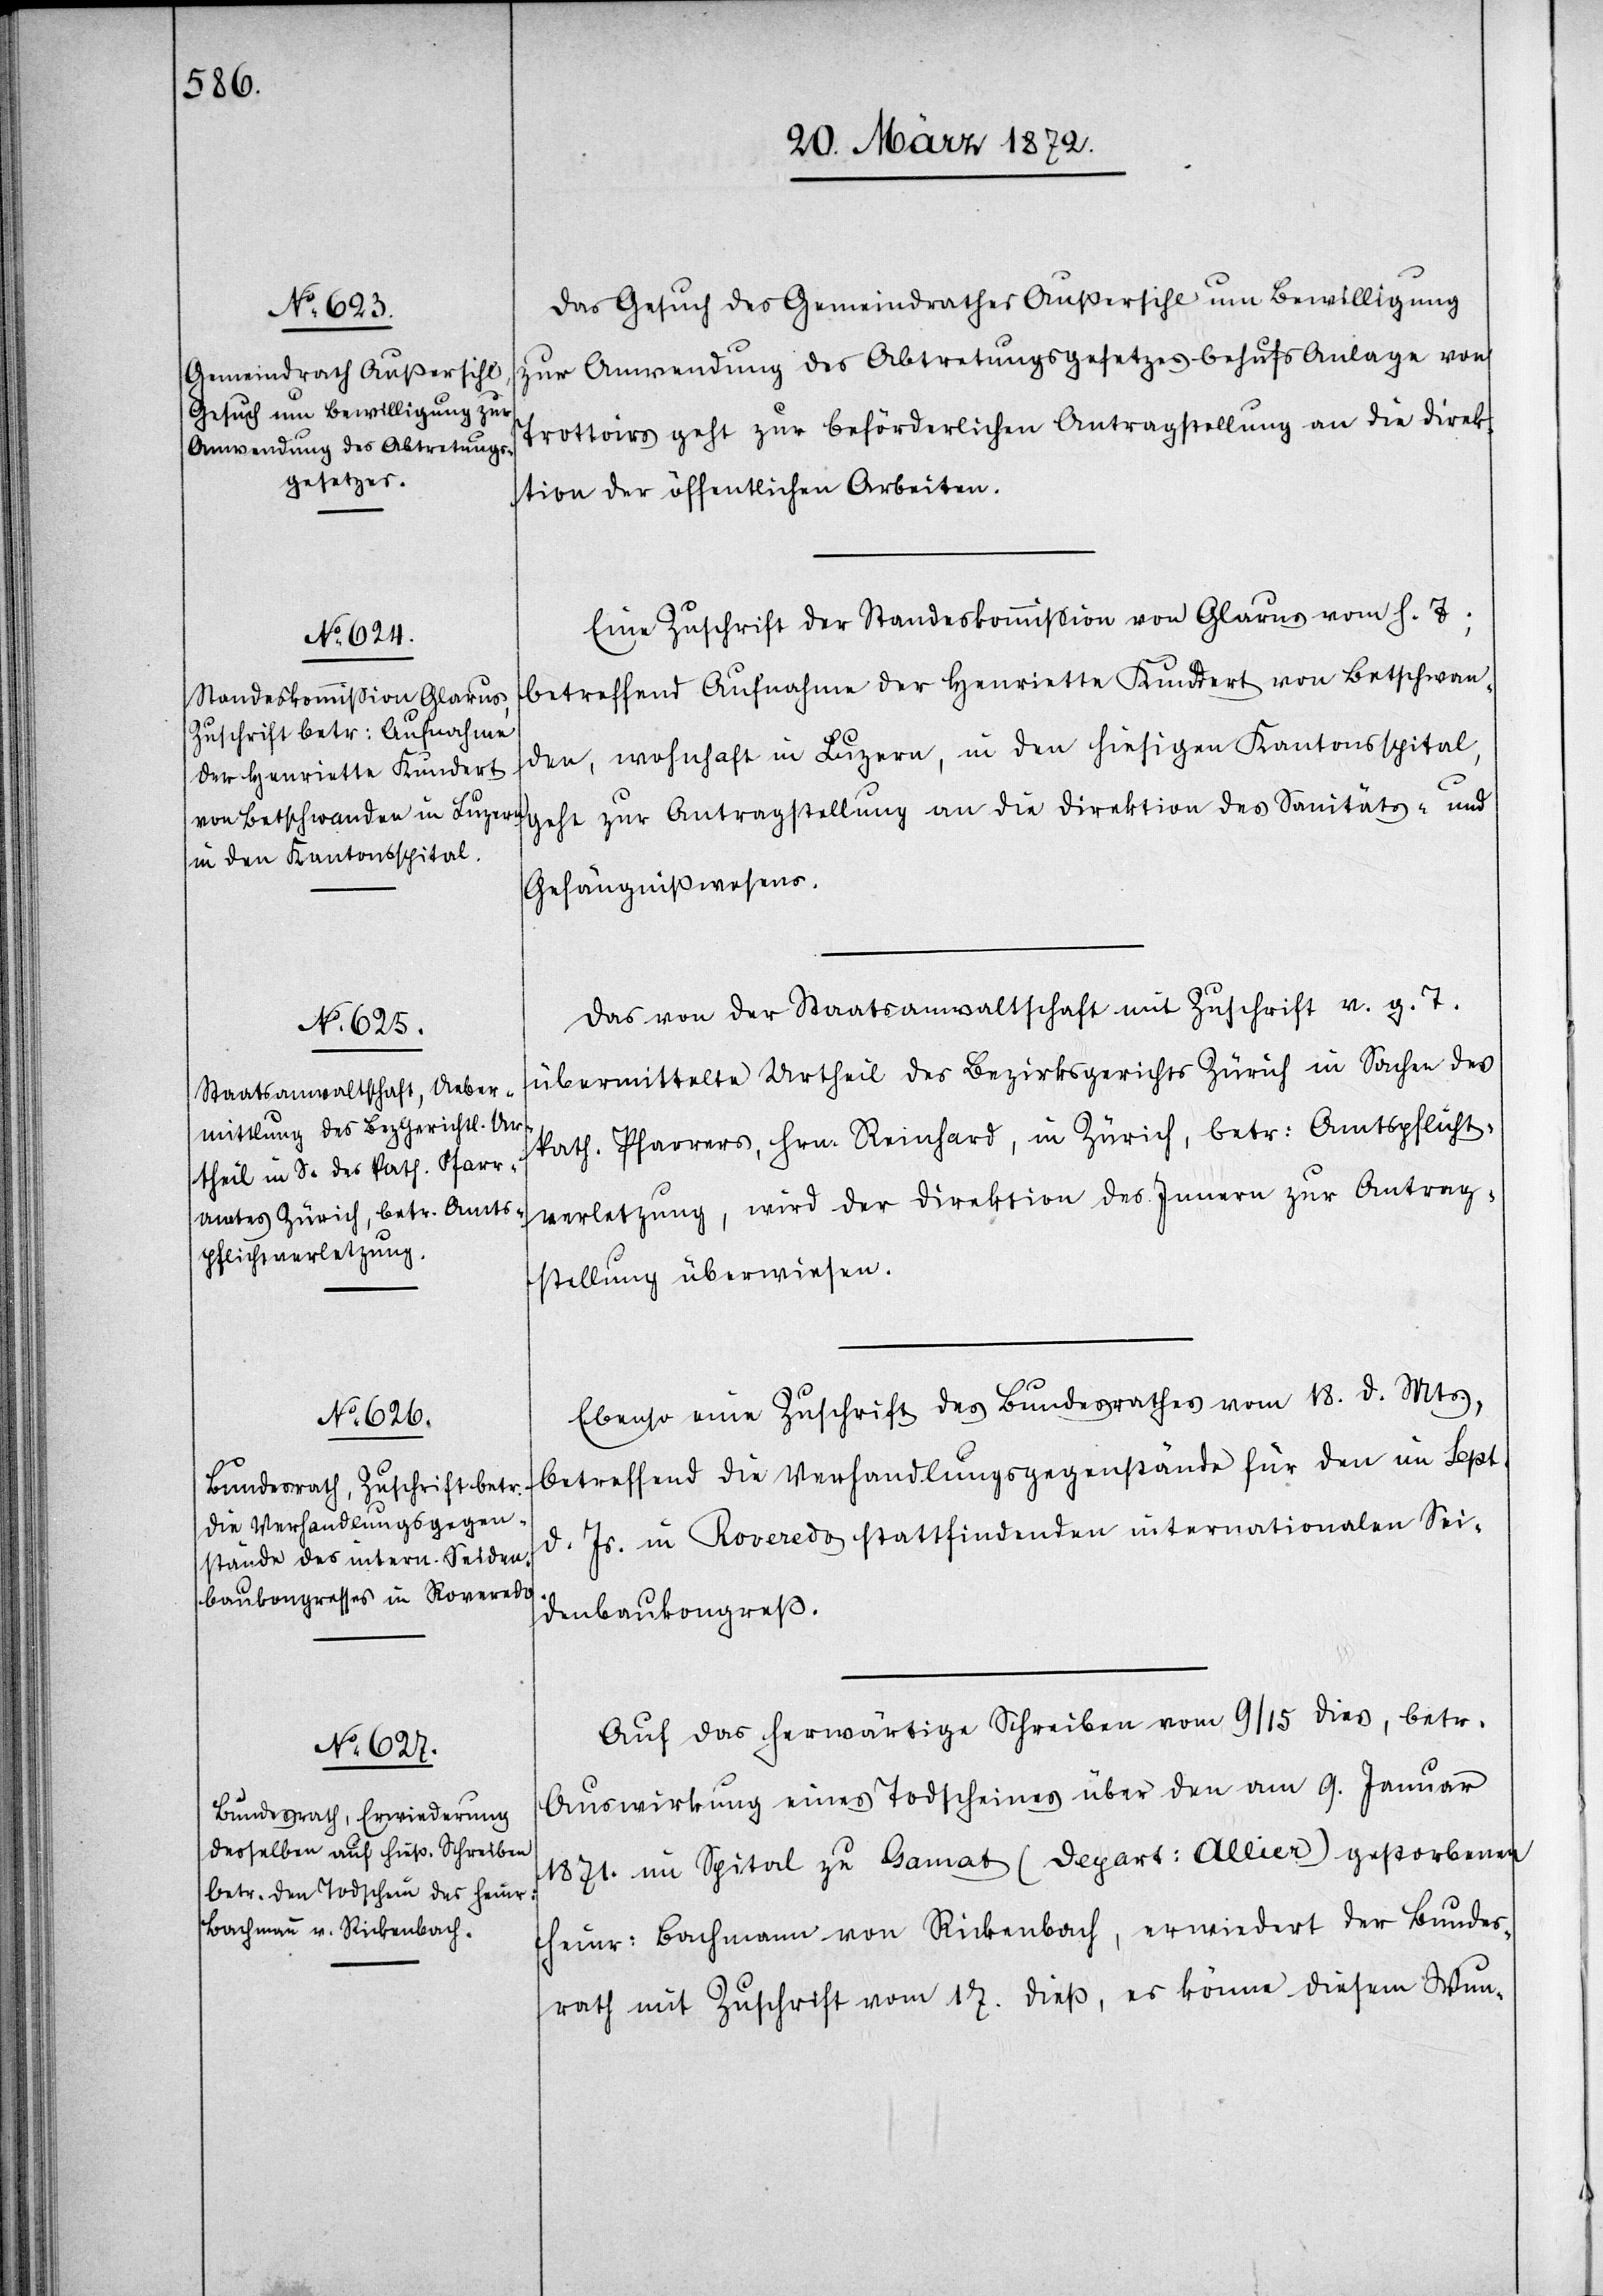
20. März 1872.]
Das Gesuch des Gemeindrathes Außersihl um Bewilligung
zur Anwendung des Abtretungsgesetzes behufs Anlage von
Trottoirs geht zur beförderlichen Antragstellung an die Direk¬
tion der öffentlichen Arbeiten.
Eine Zuschrift der Standeskommission von Glarus vom h. T;
betreffend Aufnahme der Henrietta Kundert von Betschwan¬
den, wohnhaft in Luzern, in den hiesigen Kantonsspital
geht zur Antragstellung an die Direktion des Sanitäts- und
Gefängnißwesens.
Das von der Staatsanwaltschaft mit Zuschrift v. g. T.
übermittelte Urtheil des Bezirksgerichts Zürich in Sachen des
kath. Pfarrers, Hrn. Reinhard, in Zürich, betr: Amtspflicht¬
verletzung, wird der Direktion des Innern zur Antrag¬
stellung überwiesen.
Ebenso eine Zuschrift des Bundesrathes vom 18. d. Mts.,
betreffend die Verhandlungsgegenstände für den im Sept.
d. Js. in Roveredo stattfindenden internationalen Sei¬
denbaukongreß.
Auf das herwärtige Schreiben vom 9/15 dies, betr.
Auswirkung eines Todscheines über den am 9. Januar
1871. im Spital zu Gamat [recte: Gannat] (Depart: Allier) gestorbenen
Heinr: Bachmann von Rickenbach, erwiedert der Bundes¬
rath mit Zuschrift vom 17. dieß, es könne diesem Wun-